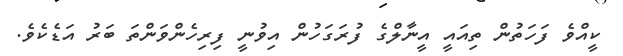
ކީއްވެ ފަހަތުން ތިއައީ އީނާލްގެ ފުރަގަހުން އިވުނީ ފިރިހެންވަންތަ ބަރު އަޑެކެވެ.